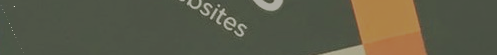
محلات بيع الملابس الرياضي